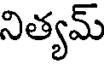
నిత్యమ్